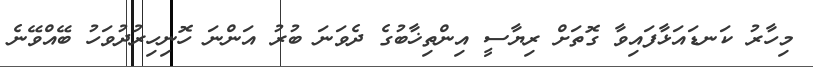
މިހާރު ކަނޑައަޅާފައިވާ ގޮތަށް ރިޔާސީ އިންތިޚާބުގެ ދެވަނަ ބުރު އަންނަ ހޮނިހިރުދުވަހު ބޭއްވޭނެ